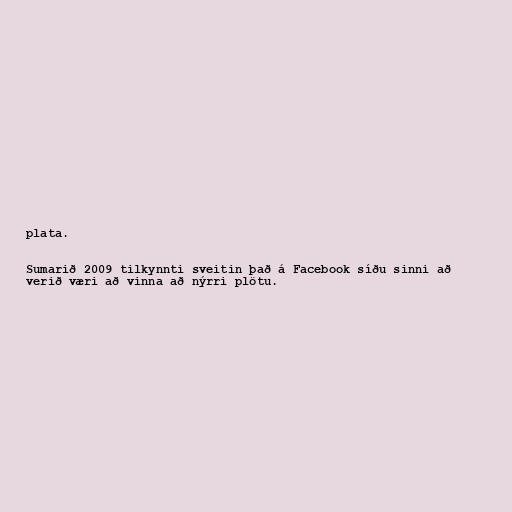
plata.

Sumarið 2009 tilkynnti sveitin það á Facebook síðu sinni að
verið væri að vinna að nýrri plötu.